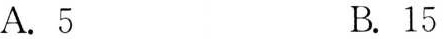
A.5 B.15